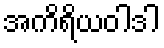
အကိရိယဝါဒါ